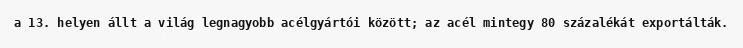
a 13. helyen állt a világ legnagyobb acélgyártói között; az acél mintegy 80 százalékát exportálták.